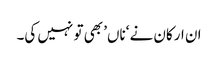
ان ارکان نے ‘ناں’ بھی تو نہیں کی۔